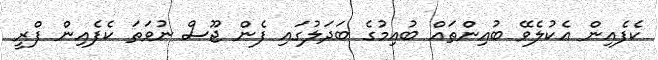
ކެފެއިން އެކުލެވޭ ބުއިންތައް ބުއިމުގެ ބަދަލުގައި ފެން ޖޫސް ނުވަތަ ކެފެއިން ފްރީ